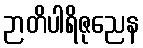
ဉာတိပါရိဇုညေန